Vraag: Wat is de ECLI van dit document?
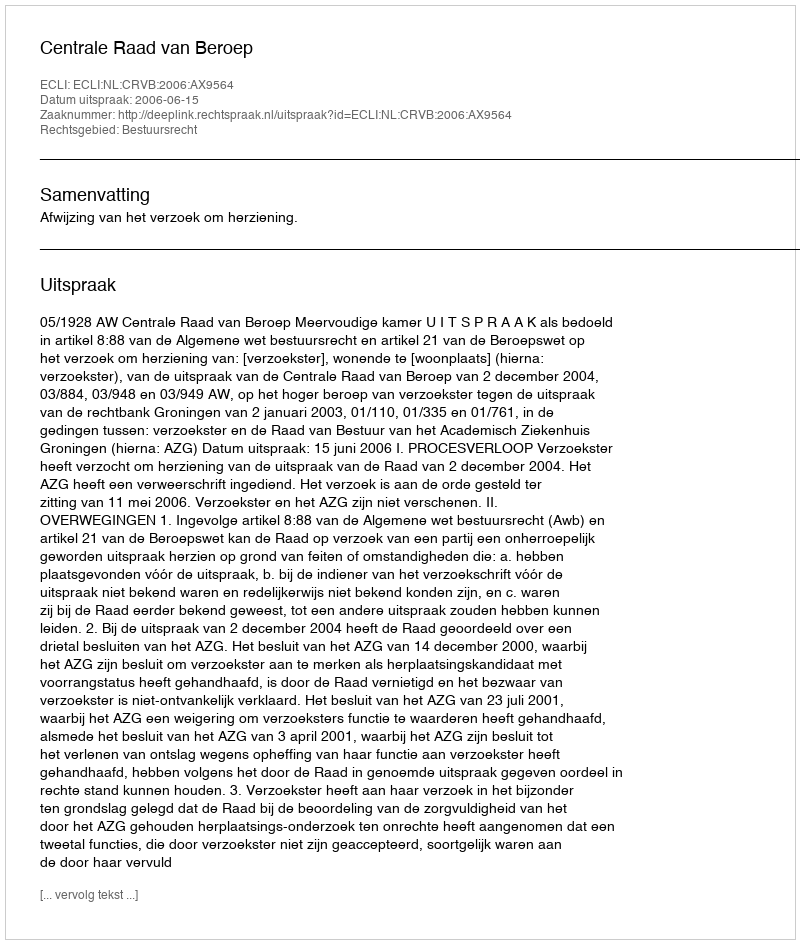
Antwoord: ECLI:NL:CRVB:2006:AX9564